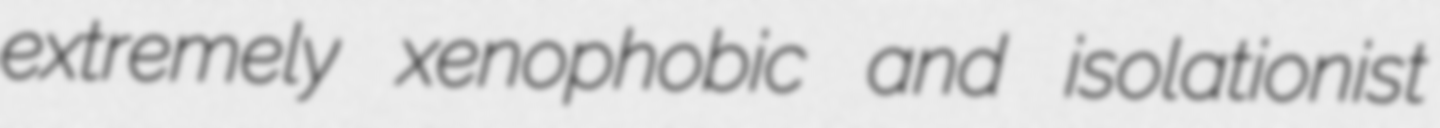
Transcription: extremely xenophobic and isolationist